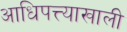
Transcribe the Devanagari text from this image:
आधिपत्त्याखाली